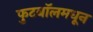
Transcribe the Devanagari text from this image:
फुटबॉलमधून